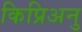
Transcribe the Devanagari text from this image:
किप्रिअनु